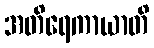
အတိရေကာယာတိ